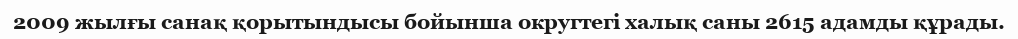
2009 жылғы санақ қорытындысы бойынша округтегі халық саны 2615 адамды құрады.